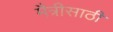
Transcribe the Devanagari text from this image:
मैत्रीसाठी